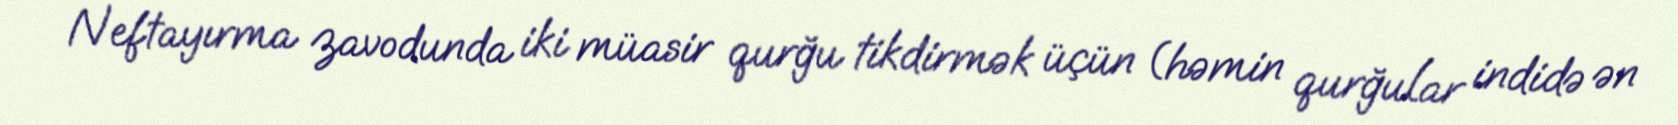
Neftayırma zavodunda iki müasir qurğu tikdirmək üçün (həmin qurğular indidə ən